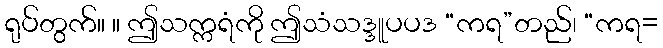
ရုပ်တွက်။ ။ ဤသက္ကရံကို ဤသံသဒ္ဒူပပဒ “ကရ”တည်၊ “ကရ=